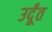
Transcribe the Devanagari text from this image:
उर्दूंत